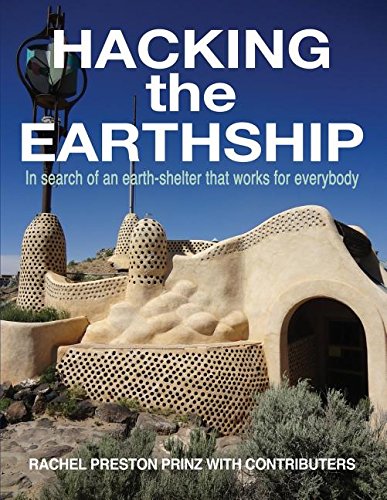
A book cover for Hacking the Earthship: In Search of an Earth-Shelter that WORKS for EveryBody; Rachel Preston Prinz; Arts & Photography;